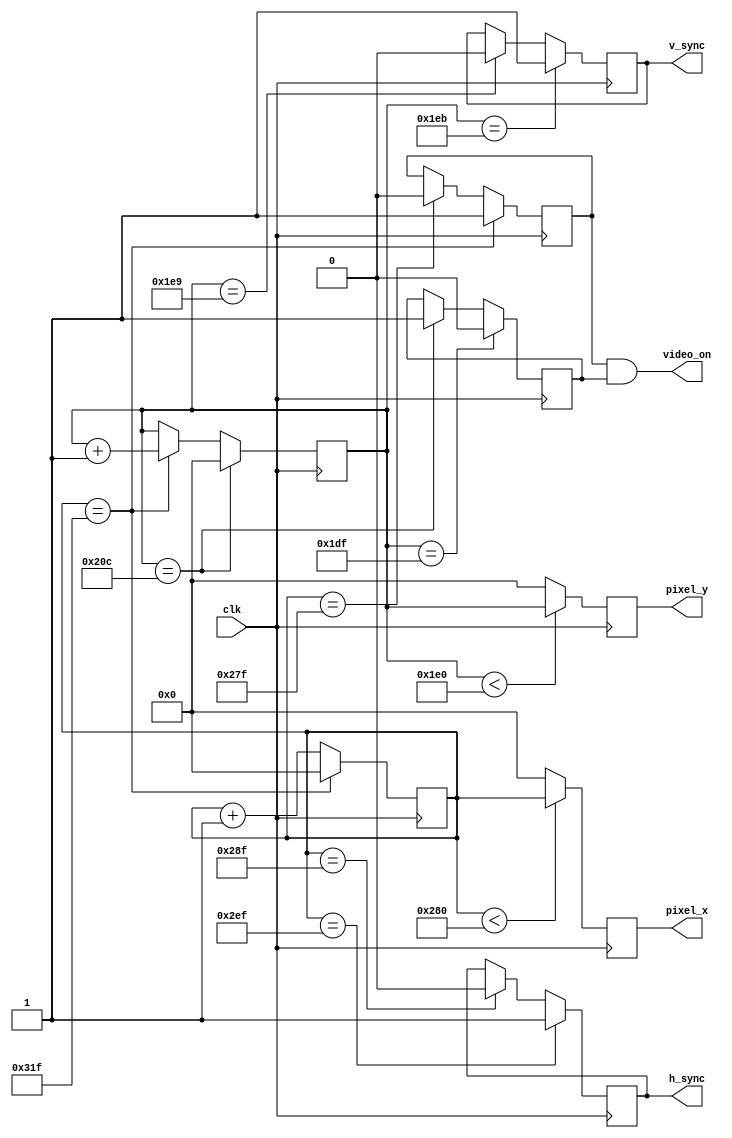
`timescale 1ns / 1ps
//////////////////////////////////////////////////////////////////////////////////
// Company: 
// Engineer: 
// 
// Design Name: 
// Module Name:    Sync 
// Project Name: 
// Target Devices: 
// Tool versions: 
// Description: 
//
// Dependencies: 
//
// Revision: 
// Revision 0.01 - File Created
// Additional Comments: 
//
//////////////////////////////////////////////////////////////////////////////////
module Sync(
    input clk,
    output reg h_sync,
    output reg v_sync,
    output reg [9:0] pixel_x,
    output reg [9:0] pixel_y,
    output video_on
    );
	 
	 
//horizontal parameters :	 
	parameter 
		Dis_h = 640,
		Ret_h = 96,
		FP_h = 16,
		BP_h = 48;	


//vertical parameters :
	parameter 
		Dis_v = 480,
		Ret_v = 2,
		FP_v = 10,
		BP_v = 33; 
		
		
	reg [9:0] h_cntr = 0; // contain the horizontal posiition of pixel
	reg [9:0] v_cntr = 0; // contain the vertical posiition of pixel
	reg h_on = 1;
	reg v_on = 1;
	assign video_on = h_on & v_on; // if video_on == 1 it means that pointer is in display area
	
	
//pixel_x & pixel_y signals :
	always@(posedge clk) 
		begin
			if(h_cntr < Dis_h)
				pixel_x <= h_cntr;
			else 
				pixel_x <= 0;
			if(v_cntr < Dis_v)
				pixel_y <= v_cntr;
			else
				pixel_y <= 0;
		end
	

//horizontal video_on signal :	
	always@(posedge clk) 
		begin
			h_cntr <= h_cntr + 1;
			if (h_cntr == (Dis_h - 1))
				h_on <= 0;
			if (h_cntr == (Dis_h + FP_h + Ret_h + BP_h + -1))
				begin
					h_cntr <= 0;
					h_on <= 1;
				end
		end

	
//vertical video_on signal :
	always@(posedge clk)		
		begin
			if (v_cntr == (Dis_v - 1))
				v_on <= 0;
			else if (v_cntr == (Dis_v + FP_v + BP_v + Ret_v - 1))
			begin
				v_on <= 1;
			end
		end
		

//h_sync signal :		
	always@(posedge clk) 
		begin
			if (h_cntr == (Dis_h +FP_h - 1))
				h_sync <= 0;
			if (h_cntr ==(Dis_h + FP_h + Ret_h - 1))
				h_sync <= 1;
		end
		

//v_sync signal :		
	always@(posedge clk) 
		begin
			if (v_cntr ==(Dis_v + FP_v - 1))
				v_sync <= 0;
			if (v_cntr == (Dis_v + FP_v + Ret_v - 1))
				v_sync <= 1;
		end
	

//vertical counter :	
	always@(posedge clk)  
		begin
			if (h_cntr == (Dis_h + FP_h + Ret_h + BP_h - 1))
				v_cntr <= v_cntr + 1;
			if (v_cntr == (Dis_v + FP_v + Ret_v + BP_v - 1))
				v_cntr <= 0;
		end
	 


endmodule